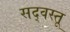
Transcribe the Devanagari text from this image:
सद्‌वस्तू